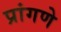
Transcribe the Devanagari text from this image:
प्रांगणे